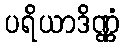
ပရိယာဒိဏ္ဏံ